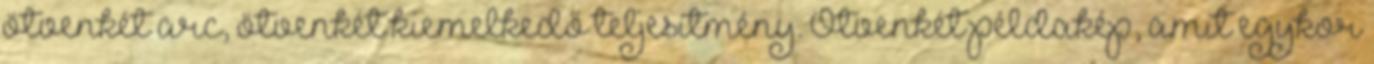
ötvenkét arc, ötvenkét kiemelkedő teljesítmény. Ötvenkét példakép, amit egykor